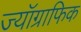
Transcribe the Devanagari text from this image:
ज्यॉग्राफिक